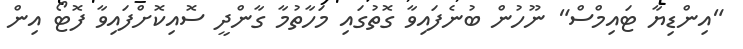
"އިންޑިޔާ ޓައިމްސް" ނޫހުން ބުނެފައިވާ ގޮތުގައި މަހާތުމާ ގާންދީ ސޮއިކޮށްފައިވާ ފޮޓޯ އިން